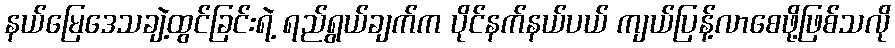
နယ်မြေဒေသချဲ့ထွင်ခြင်းရဲ့ ရည်ရွယ်ချက်က ပိုင်နက်နယ်ပယ် ကျယ်ပြန့်လာစေဖို့ဖြစ်သလို